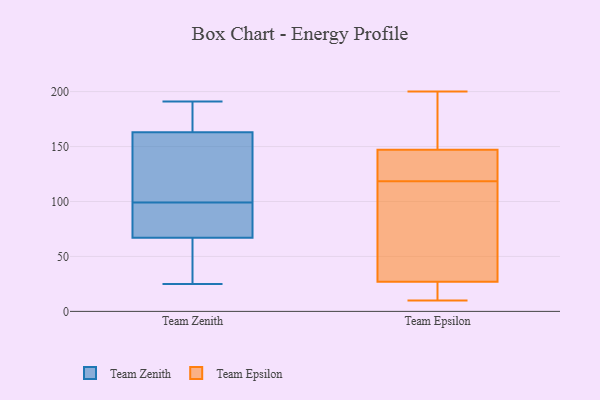
{"axis": {"x": "Waste Production (Tons)", "y": "Value"}, "legend": ["Team Epsilon", "Team Zenith"], "data": [{"x": "", "y": 95, "type": "Team Zenith"}, {"x": "", "y": 191, "type": "Team Zenith"}, {"x": "", "y": 112, "type": "Team Zenith"}, {"x": "", "y": 49, "type": "Team Zenith"}, {"x": "", "y": 163, "type": "Team Zenith"}, {"x": "", "y": 67, "type": "Team Zenith"}, {"x": "", "y": 69, "type": "Team Zenith"}, {"x": "", "y": 89, "type": "Team Zenith"}, {"x": "", "y": 104, "type": "Team Zenith"}, {"x": "", "y": 29, "type": "Team Zenith"}, {"x": "", "y": 103, "type": "Team Zenith"}, {"x": "", "y": 179, "type": "Team Zenith"}, {"x": "", "y": 25, "type": "Team Zenith"}, {"x": "", "y": 191, "type": "Team Zenith"}, {"x": "", "y": 189, "type": "Team Zenith"}, {"x": "", "y": 47, "type": "Team Zenith"}, {"x": "", "y": 160, "type": "Team Zenith"}, {"x": "", "y": 91, "type": "Team Zenith"}, {"x": "", "y": 137, "type": "Team Epsilon"}, {"x": "", "y": 56, "type": "Team Epsilon"}, {"x": "", "y": 179, "type": "Team Epsilon"}, {"x": "", "y": 10, "type": "Team Epsilon"}, {"x": "", "y": 21, "type": "Team Epsilon"}, {"x": "", "y": 200, "type": "Team Epsilon"}, {"x": "", "y": 85, "type": "Team Epsilon"}, {"x": "", "y": 25, "type": "Team Epsilon"}, {"x": "", "y": 120, "type": "Team Epsilon"}, {"x": "", "y": 27, "type": "Team Epsilon"}, {"x": "", "y": 117, "type": "Team Epsilon"}, {"x": "", "y": 195, "type": "Team Epsilon"}, {"x": "", "y": 129, "type": "Team Epsilon"}, {"x": "", "y": 147, "type": "Team Epsilon"}]}